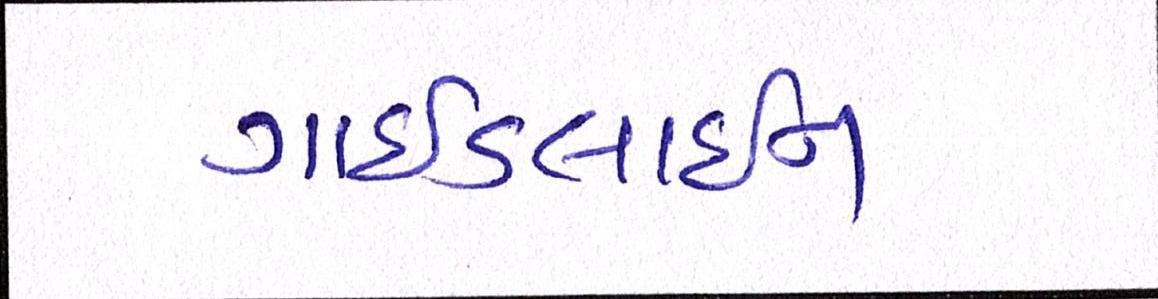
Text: ગાઈડલાઈન